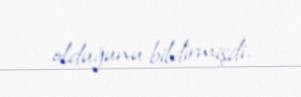
olduğunu bildirmişdi.